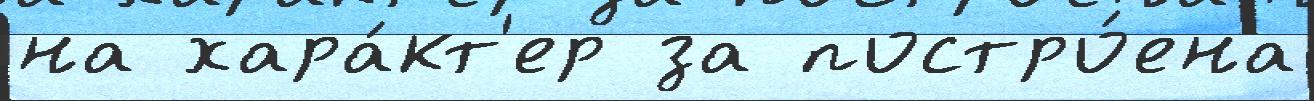
на хара́кт'ер за постро́ена